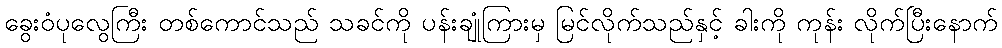
ခွေးဝံပုလွေကြီး တစ်ကောင်သည် သခင်ကို ပန်းချုံကြားမှ မြင်လိုက်သည်နှင့် ခါးကို ကုန်း လိုက်ပြီးနောက်